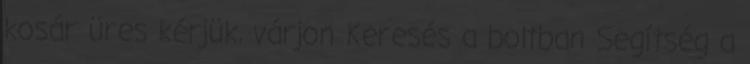
kosár üres kérjük, várjon Keresés a boltban Segítség a